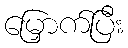
မြှောက်ပြီး